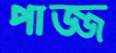
পাজ্জ